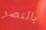
بالنصر